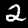
Label: 2